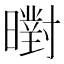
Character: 㬣